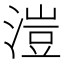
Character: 溰